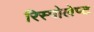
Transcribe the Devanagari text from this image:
रिस्पोलेप्ट